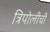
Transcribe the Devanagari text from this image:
त्रिपोलीची